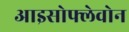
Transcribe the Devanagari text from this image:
आइसोफ्लेवोन